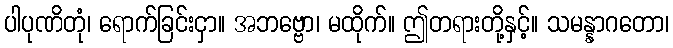
ပါပုဏိတုံ၊ ရောက်ခြင်းငှာ။ အဘဗ္ဗော၊ မထိုက်။ ဤတရားတို့နှင့်။ သမန္နာဂတော၊